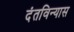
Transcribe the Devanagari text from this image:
दंतविन्यास